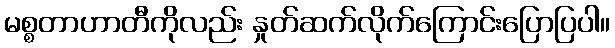
မစ္စတာဟာတီကိုလည်း နှုတ်ဆက်လိုက်ကြောင်းပြောပြပါ။